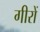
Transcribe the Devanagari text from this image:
गीरों